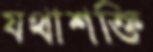
যথাশক্তি